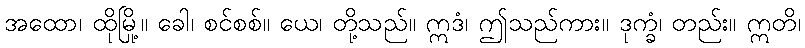
အထော၊ ထိုမြို့။ ခေါ၊ စင်စစ်။ ယေ၊ တို့သည်။ ဣဒံ၊ ဤသည်ကား။ ဒုက္ခံ၊ တည်း။ ဣတိ၊